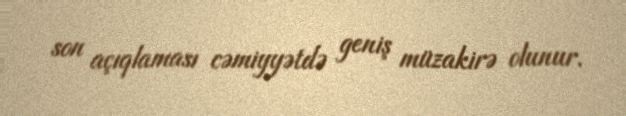
son açıqlaması cəmiyyətdə geniş müzakirə olunur.